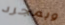
وبمجرد